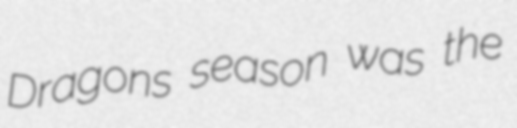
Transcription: Dragons season was the